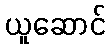
ယူဆောင်